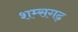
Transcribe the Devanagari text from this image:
शम्सगढ़